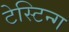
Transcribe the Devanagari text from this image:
टेस्टिन्ग